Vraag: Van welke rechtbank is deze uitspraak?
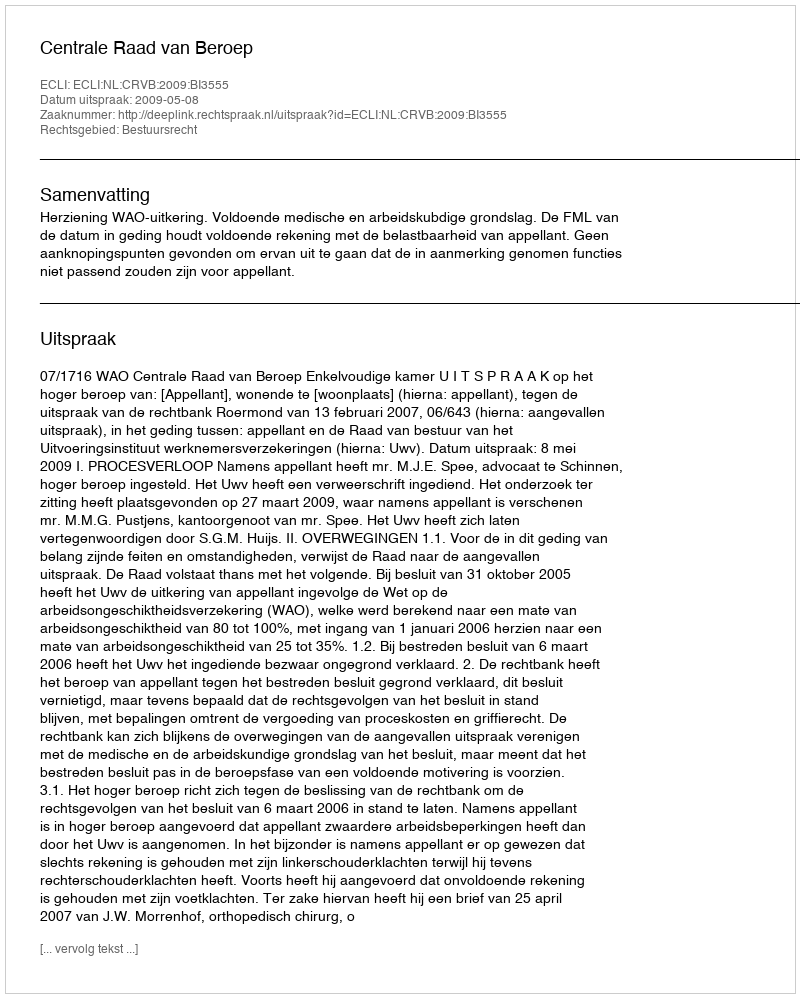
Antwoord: Centrale Raad van Beroep